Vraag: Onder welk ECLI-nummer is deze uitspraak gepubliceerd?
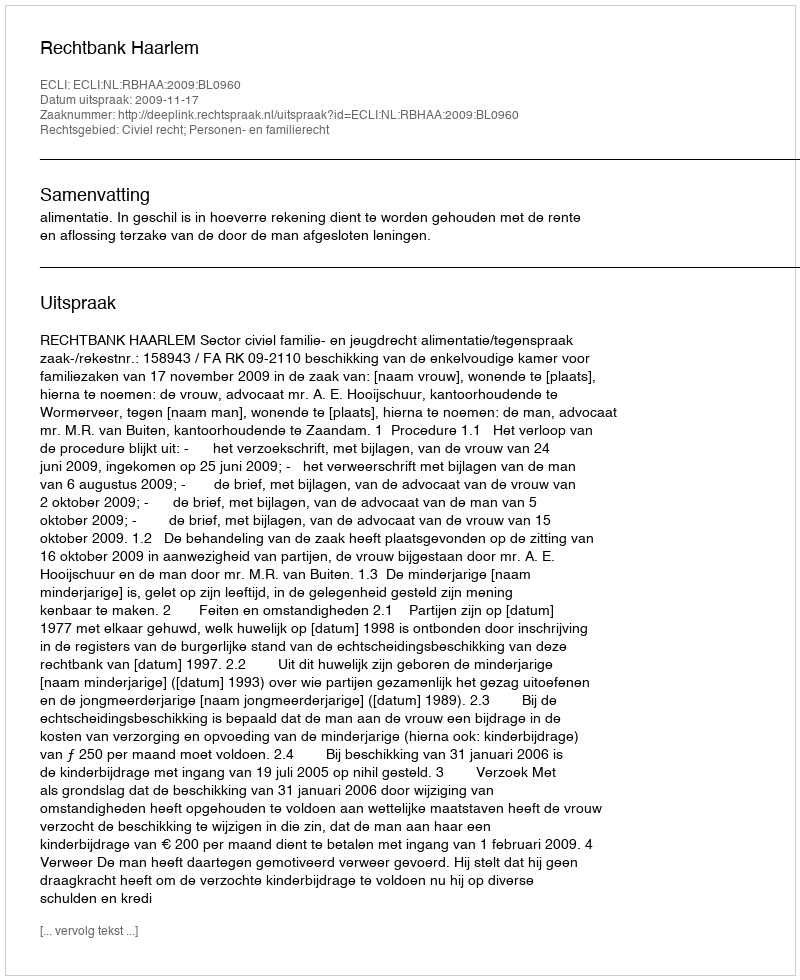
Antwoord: ECLI:NL:RBHAA:2009:BL0960